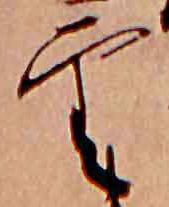
雲